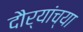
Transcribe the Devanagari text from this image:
दौर्‍यांच्या